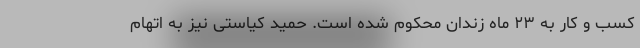
کسب و کار به ۲۳ ماه زندان محکوم شده است. حمید کیاستی نیز به اتهام